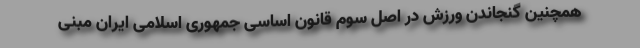
همچنین گنجاندن ورزش در اصل سوم قانون اساسی جمهوری اسلامی ایران مبنی